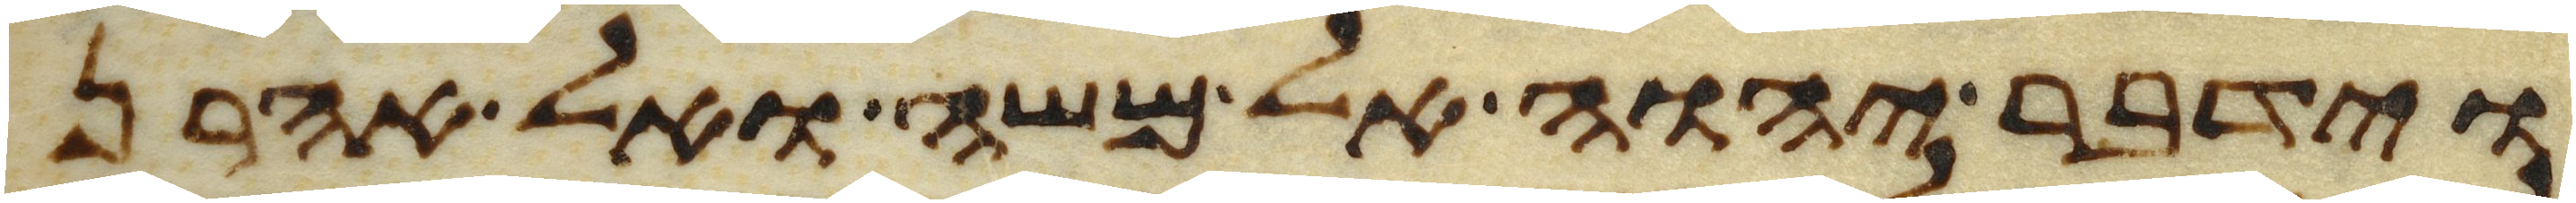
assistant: וידבר יהוה אל משה ואל אהרן